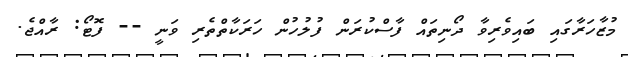
މުޒާހަރާގައި ބައިވެރިވާ ދޯނިތައް ފާސްކުރަން ފުލުހުން ހަރަކާތްތެރި ވަނީ -- ފޮޓޯ: ރާއްޖެ.